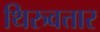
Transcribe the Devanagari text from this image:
थिरुवत्तार